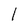
Character: I